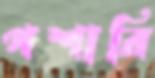
পশারি